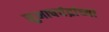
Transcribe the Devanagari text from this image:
सुभाषचंद्रांच्या